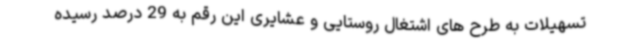
تسهیلات به طرح های اشتغال روستایی و عشایری این رقم به 29 درصد رسیده